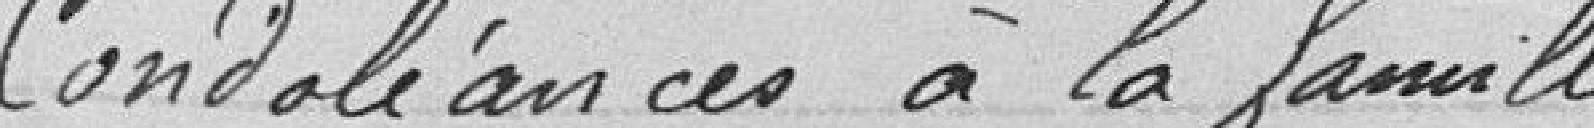
Condoléance à la famille